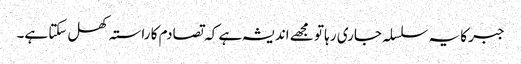
جبر کا یہ سلسلہ جاری رہا تو مجھے اندیشہ ہے کہ تصادم کا راستہ کھل سکتا ہے۔